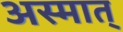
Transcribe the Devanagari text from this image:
अस्मात्‌